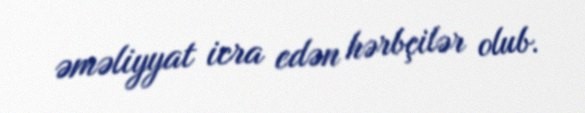
əməliyyat icra edən hərbçilər olub.